Civil Veterinary Dept. North-West Frontier Province 1933-46 - 1933-1946
Year: 1933
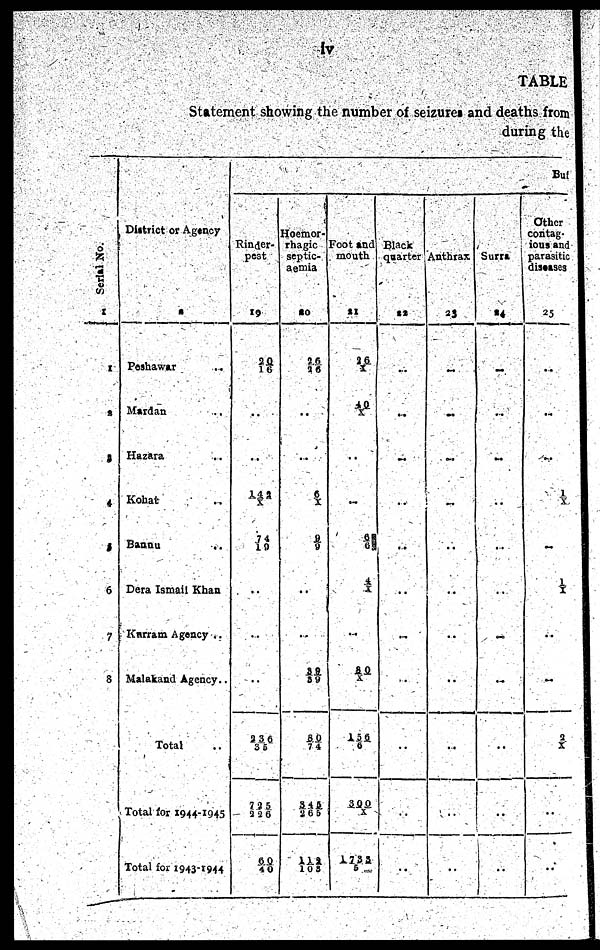
iv
TABLE
Statement showing the number of seizures and deaths from
during the
Serial No.
1
1
2
3
4
5
6
7
8
District or Agency
2
Peshawar ..
Mardan ..
Hazara ..
Kohat ..
Bannu ..
Dera Ismail Khan ..
Karram Agency ..
Malakand Agency ..
Total ..
Total for 1944-1945
Total for 1943-1944
Buf
Rinder-
pest
19
2 0/ 1 6
..
..
1 4 2/X
7 4/19
..
..
2 3 6/35
7 2 5/ 2 2 6
6 0/40
Hoemor-
rhagic
septic-
aemia
20
26/26
..
..
6/ X
9/9
..
3 9/39
80/7 4
3 4 5/2 6 5
1 1 2/103
Foot and
mouth
21
2 6/X
40/X
..
..
6/6
4/X
...
8 0/X
156/ 6
3 0 0/X
1 7 3 3/5
Black
quarter
22
..
..
..
..
..
..
..
..
..
..
..
Anthrax
23
..
..
..
..
..
..
..
..
..
..
..
Surra
24
..
..
..
..
...
..
..
..
..
..
..
Other
contag-
ious and
parasitic
diseases
25
..
..
...
1/X
..
1/X
..
..
2/X
..
..